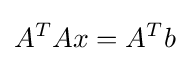
\displaystyle A^{T}Ax=A^{T}b